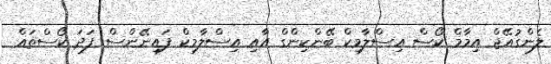
ލެންގުއޭޖް އިމާމް ކޯސް އިސްލާމިކް ބޭންކިންގް އާއި އިސްލާމިކް ފައިނޭންސް ފަދަ ކޯސްތައް